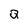
Character: Q